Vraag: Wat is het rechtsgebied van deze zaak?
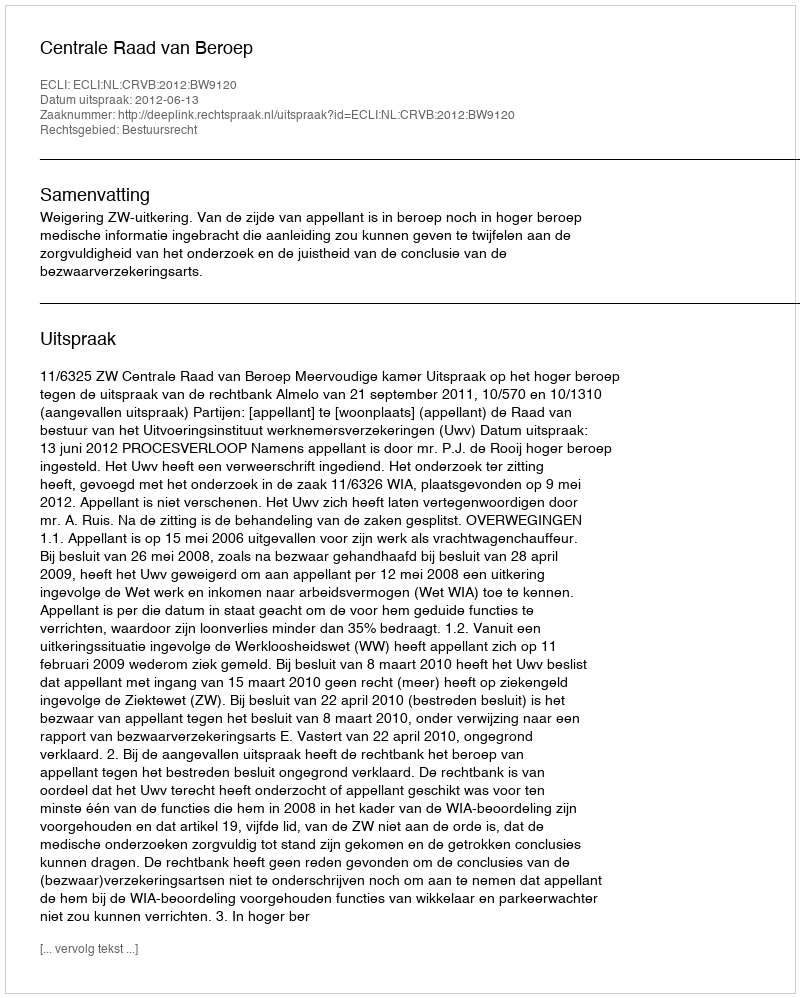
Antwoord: Bestuursrecht